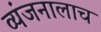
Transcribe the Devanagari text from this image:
व्यंजनालाच